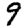
Digit: 9